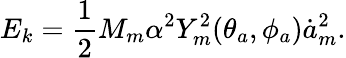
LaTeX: E_{k}=\frac 12M_{m}\alpha^{2}Y_{m}^{2}(\theta_{a},\phi_{a})\dot{a}_{m}^{2}.